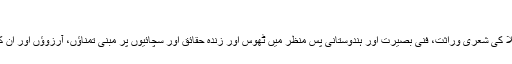
‘‘
موجودہ دور کے بے سمت، بے نشان اور بے منزل ہندوستان میں پنڈت آنند نرائن ملّاؔ کی شعری وراثت، فنی بصیرت اور ہندوستانی پسِ منظر میں ٹھوس اور زندہ حقائق اور سچائیوں پر مبنی تمناؤں، آرزوؤں اور ان کے فکری و شعری سرمایے کو نشانِ منزل کے طور پر سامنے رکھا جا سکتا ہے۔